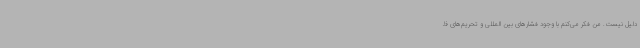
دلیل نیست. من فکر می‌کنم با وجود فشارهای بین المللی و تحریم‌های ظ